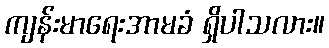
ကျန်းမာရေးအာမခံ ရှိပါသလား။